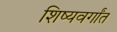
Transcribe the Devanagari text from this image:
शिष्यवर्गांत